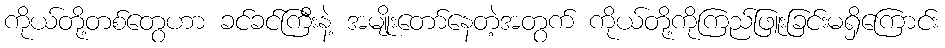
ကိုယ်တို့တစ်တွေဟာ ခင်ခင်ကြီးနဲ့ အမျိုးတော်နေတဲ့အတွက် ကိုယ်တို့ကိုကြည်ဖြူးခြင်းမရှိကြောင်း